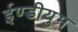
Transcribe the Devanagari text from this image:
ईण्डीयुम